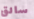
سائق